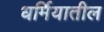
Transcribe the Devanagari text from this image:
धर्मियातील